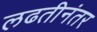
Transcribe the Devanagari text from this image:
लढतीनंतर